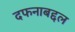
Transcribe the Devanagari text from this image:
दफनाबद्दल